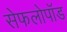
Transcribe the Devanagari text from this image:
सेफलोपॉड